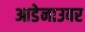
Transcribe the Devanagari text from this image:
आडेनाउवर